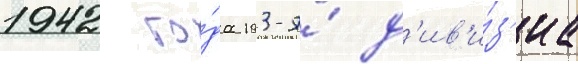
1942 го́да 193-я́ д'ив'и́з'иа